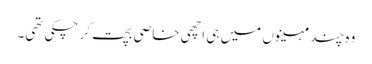
وہ چند مہینوں میں ہی اچھی خاصی بچت کر چکی تھی۔